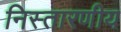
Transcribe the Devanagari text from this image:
निस्तारणीय